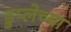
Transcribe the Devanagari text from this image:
डुप्लेच्या